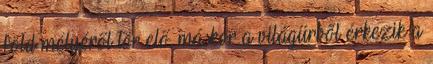
föld mélyéről tör elő, máskor a világűrből érkezik a